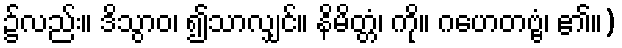
၌လည်း။ ဒိသွာဝ၊ ၍သာလျှင်။ နိမိတ္တံ၊ ကို။ ဂဟေတဗ္ဗံ၊ ၏။)